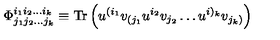
\Phi _ { j _ { 1 } j _ { 2 } \dots j _ { k } } ^ { i _ { 1 } i _ { 2 } \dots i _ { k } } \equiv \mathrm { T r } \left( u ^ { ( i _ { 1 } } v _ { ( j _ { 1 } } u ^ { i _ { 2 } } v _ { j _ { 2 } } \dots u ^ { i ) _ { k } } v _ { j _ { k } ) } \right)